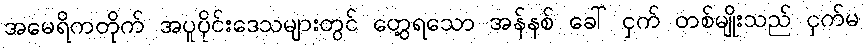
အမေရိကတိုက် အပူပိုင်းဒေသများတွင် တွေ့ရသော အန်နစ် ခေါ် ငှက် တစ်မျိုးသည် ငှက်မ